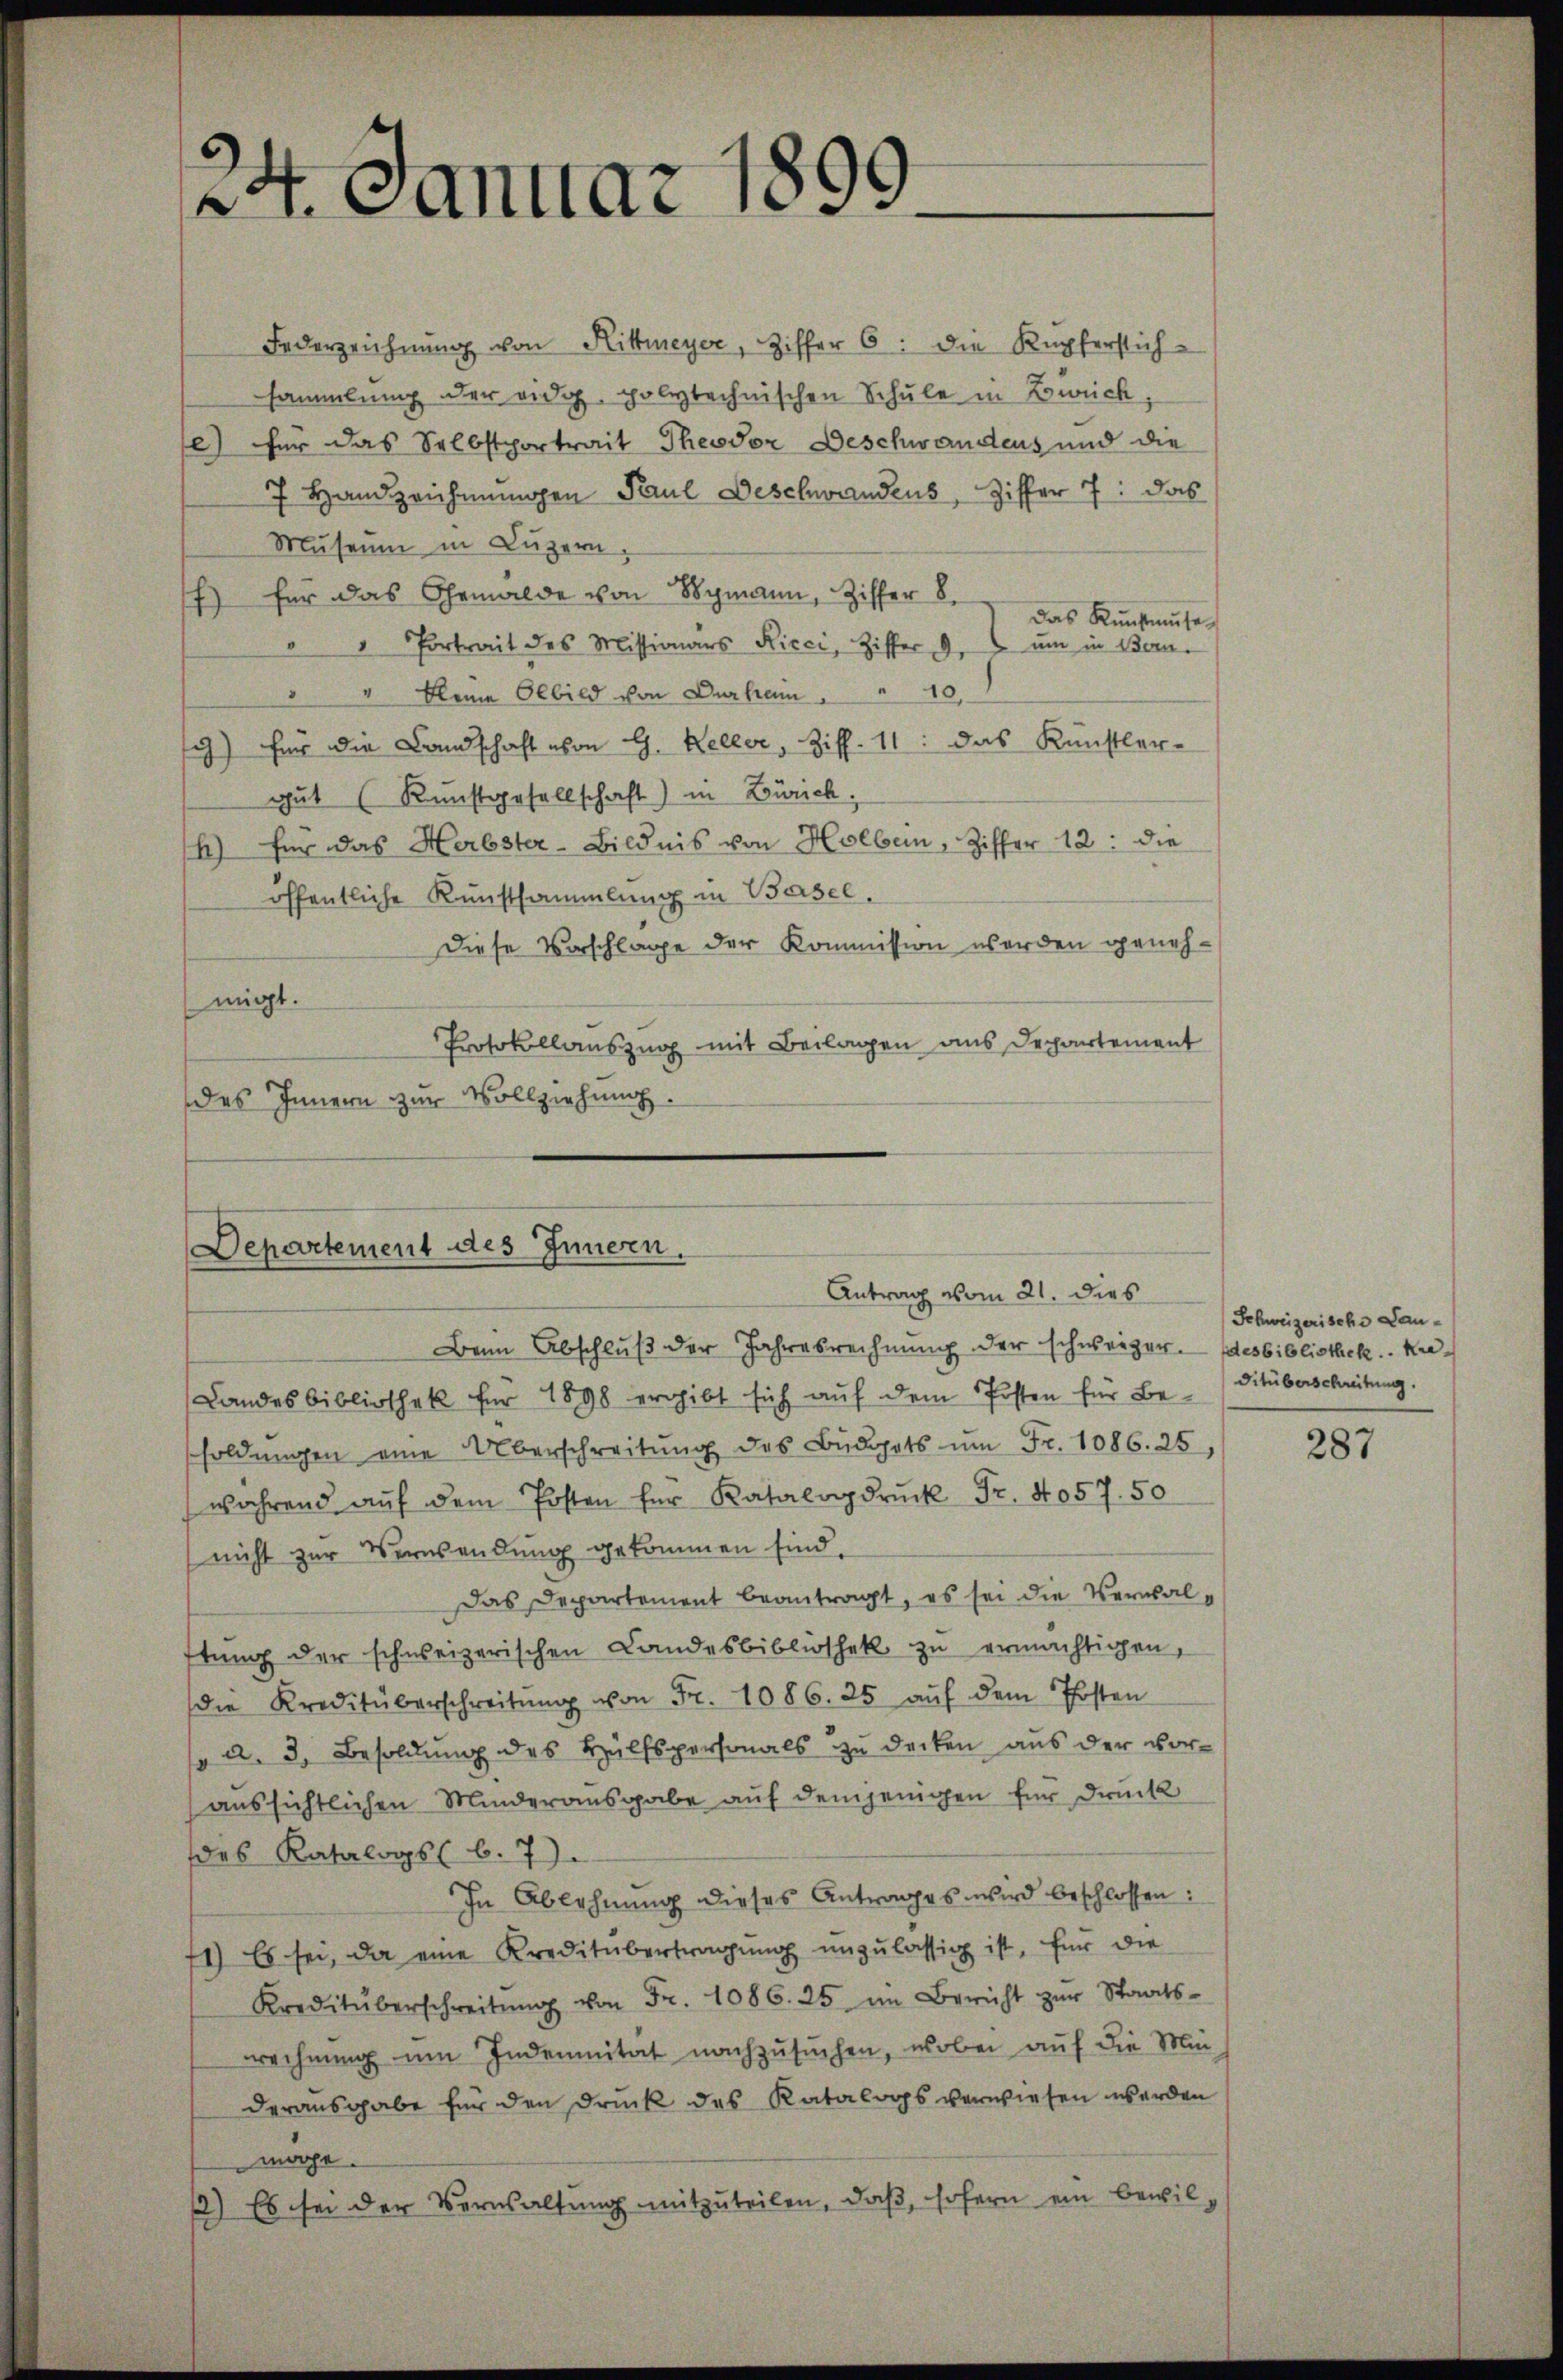
¬
24. Januar le

Departement des Innern.
Antrag vom 21. dies
Beim Abschluß der Jahresrechnŭng der schweizer. Idesbibliothek. Kre¬
Landesbibliothek für 1898 ergibt sich auf dem Posten für Be-Ditüberschreitung.

Federzeichnŭng von Hittmeyer, Ziffer 6: die Kupferstich-
sammlung der eidg. polytechnischen Schule in Zürich,
l) für das Selbstportrait Theodor Beschwandens und die
7 Handzeichnŭngen Paul Deschwandens, Ziffer 7: das
Museum in Luzern.
f) für das Gemälde von Symann, Ziffer 8
das Künftmute
" Portrait des Missionärs Ricci, Ziffer 3. ŭm in Beri
 " Kleine Olbild von Durtain    "  16,
) für die Landschaft von G. Keller, Ziff. 11: das Künstler-
gut (Kunstgesellschaft) in Zürich
) für das Herbster-Bildnis von Holbein, Ziffer 12. die
öffentliche Kunstsammlung in Basel.
Diese Vorschlage der Kommission werden genehmigt.
Protokollauszug mit Beilagen aus Departement
des Innern zur Vollziehung.

soldŭngen eine Überschreitŭng des Büdgets ŭm Fr. 1086. 25,
während aŭf dem Posten für Katalogdrŭck Fr. 1057. 50
(nicht zur Verwendung gekommen sind.
Das Departement beantragt, es sei die Verwalftŭng der schweizerischen Landesbibliothek zu ermächtigen,
die Kreditüberschreitŭng von Fr. 1086. 25 aŭf dem Posten
a. 3. Besoldung des Hülfspersonals zu decken aus der voraussichtlichen Minderausgabe auf demjenigen für Druck
des Katalogs 6. 7)
In Ablehnung dieses Antrages wird beschlossen:
71) Es sei, da eine Kreditübertragŭng ŭnzŭlassig ist, für die
Kreditüberschreitŭng von Fr. 1086. 25 im Bericht zŭr Staats-
wechnung um Indemnität nachzusuchen, wobei auf die Mün-
derausgabe für den Druck des Katalogs verwiesen werden
möge.
) Es sei der Verwaltŭng mitzŭteilen, daβ sofern ein bewil-

(Schweizerische Dau¬

287